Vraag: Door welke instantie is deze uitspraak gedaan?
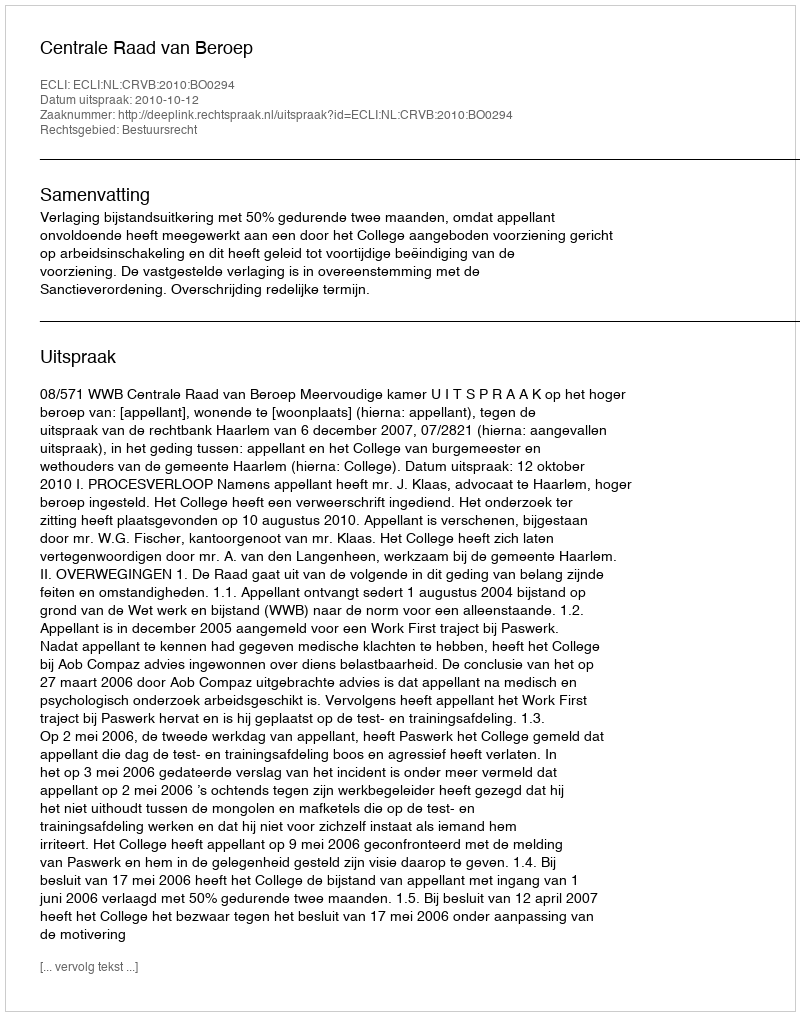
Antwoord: Centrale Raad van Beroep